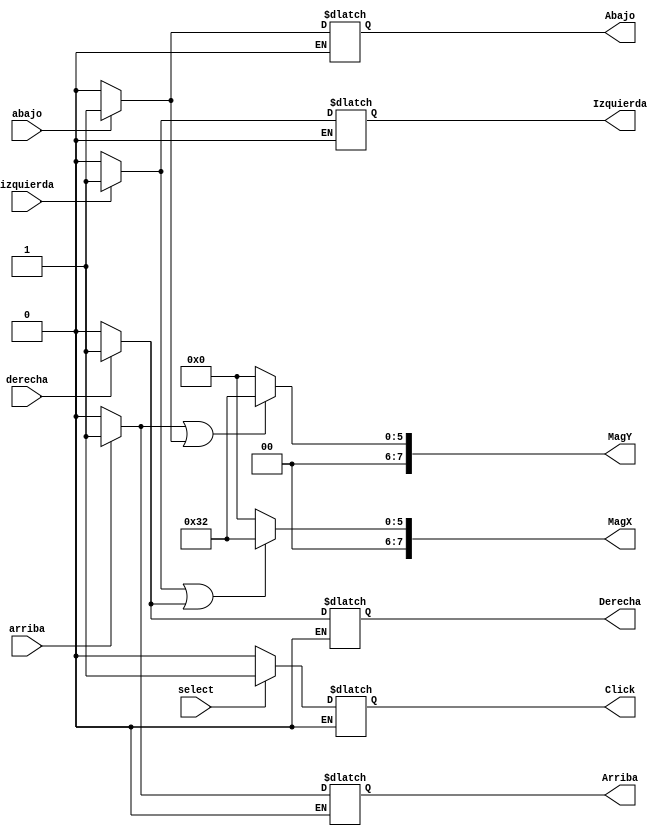
`timescale 1ns / 1ps
//////////////////////////////////////////////////////////////////////////////////
// Company: 
// Engineer: 
// 
// Design Name: 
// Module Name:    conversor_A_Mouse 
// Project Name: 
// Target Devices: 
// Tool versions: 
// Description: 
//
// Dependencies: 
//
// Revision: 
// Revision 0.01 - File Created
// Additional Comments: 
//
//////////////////////////////////////////////////////////////////////////////////
module conversor_A_Mouse(
    //input clk,
    input izquierda,
	 input derecha,
	 input arriba,
	 input abajo,
	 input select,
	 output reg Click,
	 output reg Izquierda,
	 output reg Derecha,
	 output reg Arriba,
	 output reg Abajo,
	 output reg [7:0] MagX,
	 output reg [7:0] MagY
    );
	 
initial 
begin
Click = 1'b0;
Izquierda = 1'b0;
Derecha = 1'b0;
Arriba = 1'b0;
Abajo = 1'b0;
MagX = 8'b00000000;
MagY = 8'b00000000;

end
always@*
begin
if(select)
   Click = 1;
if(select == 0)
   Click = 0;
if(izquierda)
   Izquierda = 1;
if(izquierda == 0)
   Izquierda = 0;
if(derecha)
   Derecha = 1;
if(derecha == 0)
   Derecha = 0;
if(arriba)
   Arriba = 1;
if(arriba == 0)
   Arriba = 0;
if(abajo)
   Abajo  = 1;
if(abajo == 0)
   Abajo  = 0;
MagX = ((Izquierda == 1)||(Derecha == 1))? 8'b00110010:8'b00000000;
MagY = ((Arriba == 1)||(Abajo == 1))? 8'b00110010:8'b00000000;
end
endmodule